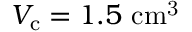
V _ { \mathrm { c } } = 1 . 5 ~ \mathrm { c m ^ { 3 } }